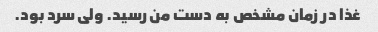
غذا در زمان مشخص به دست من رسید. ولی سرد بود.